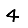
Digit: 4